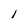
Character: 1